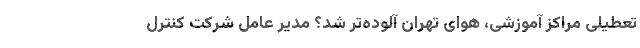
تعطیلی مراکز آموزشی، هوای تهران آلوده‌تر شد؟ مدیر عامل شرکت کنترل